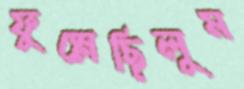
ফুস্‌লেছিলুম